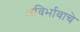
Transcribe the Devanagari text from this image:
अविर्भावाचे